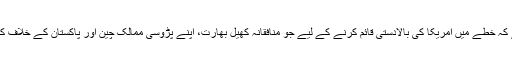
روس سمجھتا ہے کہ خطے میں امریکا کی بالادستی قائم کرنے کے لیے جو منافقانہ کھیل بھارت، اپنے پڑوسی ممالک چین اور پاکستان کے خلاف کھیلنا چاہ رہا ہے ۔